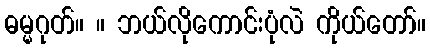
ဓမ္မဂုတ်။ ။ ဘယ်လိုကောင်းပုံလဲ ကိုယ်တော်။